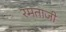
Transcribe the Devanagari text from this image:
रमताजी